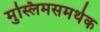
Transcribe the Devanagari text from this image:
मुस्लिमसमर्थक